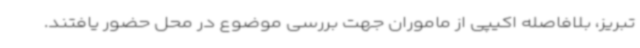
تبریز، بلافاصله اکیپی از ماموران جهت بررسی موضوع در محل حضور یافتند.